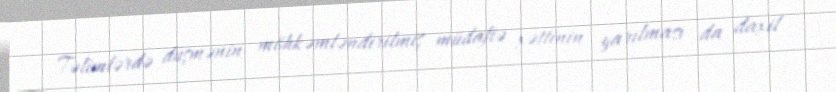
Təlimlərdə düşmənin möhkəmləndirilmiş müdafiə xəttinin yarılması da daxil